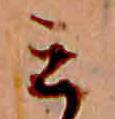
ミ